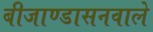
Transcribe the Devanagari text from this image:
बीजाण्डासनवाले